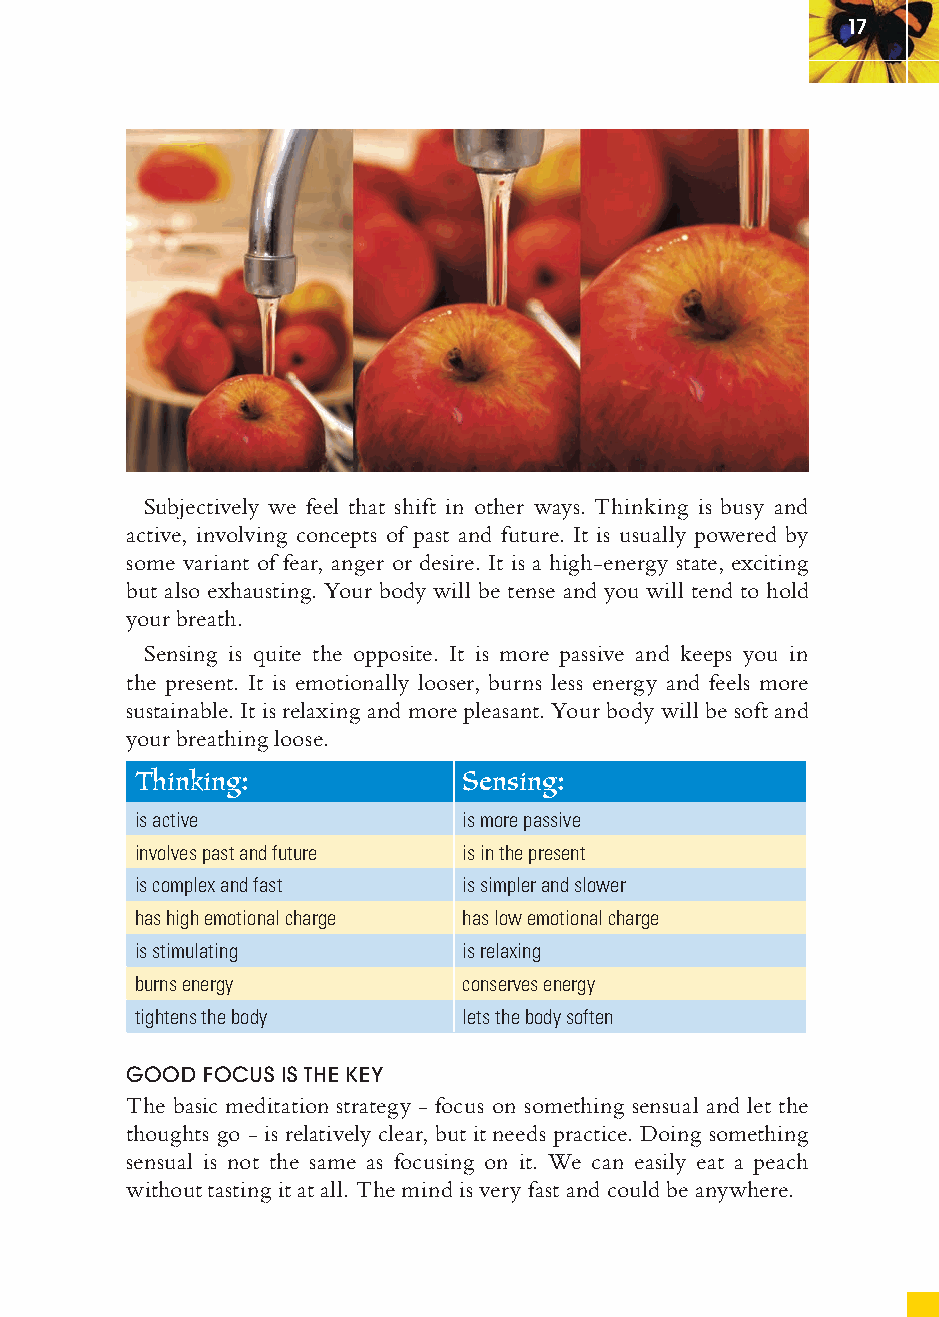
17
 Subjectively we feel that shift in other ways. Thinking is busy and
 active, involving concepts of past and future. It is usually powered by
 some variant of fear, anger or desire. It is a high-energy state, exciting
 but also exhausting. Your body will be tense and you will tend to hold
 your breath.
 Sensing is quite the opposite. It is more passive and keeps you in
 the present. It is emotionally looser, burns less energy and feels more
 sustainable. It is relaxing and more pleasant. Your body will be soft and
 your breathing loose.
 Thinking:            Sensing:
 is active            is more passive
 involves past and future is in the present
 is complex and fast  is simpler and slower
 has high emotional charge has low emotional charge
 is stimulating       is relaxing
 burns energy         conserves energy
 tightens the body    lets the body soften
 GOOD FOCUS IS THE KEY
 The basic meditation strategy - focus on something sensual and let the
 thoughts go - is relatively clear, but it needs practice. Doing something
 sensual is not the same as focusing on it. We can easily eat a peach
 without tasting it at all. The mind is very fast and could be anywhere.
 ffiivvee__220000667788..iinndddd SSeecc11::2211     3300//55//0055 55::0033::2266 PPMM